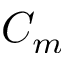
C _ { m }